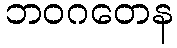
ဘဝဂတေန